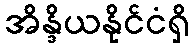
အိန္ဒိယနိုင်ငံရှိ